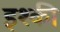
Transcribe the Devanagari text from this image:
इश्की